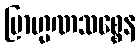
ဗြာဟ္မဏသစ္စေန